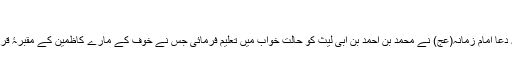
[4]
امین الاسلام طبرسی نے اپنی کتاب کنوز النجاح میں لکھا ہے کہ یہ دعا امام زمانہ(عج) نے محمد بن احمد بن ابی لیث کو حالت خواب میں تعلیم فرمائی جس نے خوف کے مارے کاظمین کے مقبرۂ قریش میں پناہ لی تھی اور اس نے اس دعا کی برکت سے نجات پائی۔